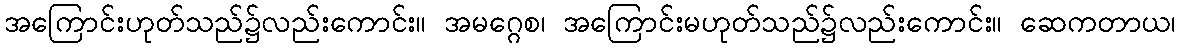
အကြောင်းဟုတ်သည်၌လည်းကောင်း။ အမဂ္ဂေစ၊ အကြောင်းမဟုတ်သည်၌လည်းကောင်း။ ဆေကတာယ၊